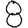
Digit: 8